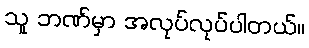
သူ ဘဏ်မှာ အလုပ်လုပ်ပါတယ်။